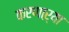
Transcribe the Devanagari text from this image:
करणाऱ्‍या